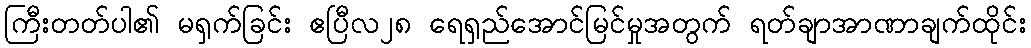
ကြီးတတ်ပါ၏ မရှက်ခြင်း ဧပြီလ၂၈ ရေရှည်အောင်မြင်မှုအတွက် ရတ်ချာအာဏာချက်ထိုင်း